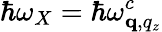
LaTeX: \hbar\omega_{X}=\hbar\omega_{\mathbf q,q_{z}}^{c}